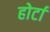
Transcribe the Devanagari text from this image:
होर्टा